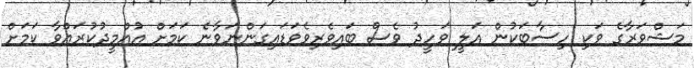
މަޝްވަރާގެ ވަކި ހިސާބަކުން އަލީ ވަހީދު ވެސް ބައިވެރިވެވަޑައިގަންނަވާނެ ކަމަށް އުއްމީދުކުރައްވާ ކަމަށް